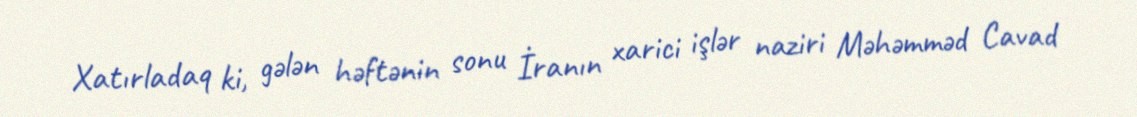
Xatırladaq ki, gələn həftənin sonu İranın xarici işlər naziri Məhəmməd Cavad